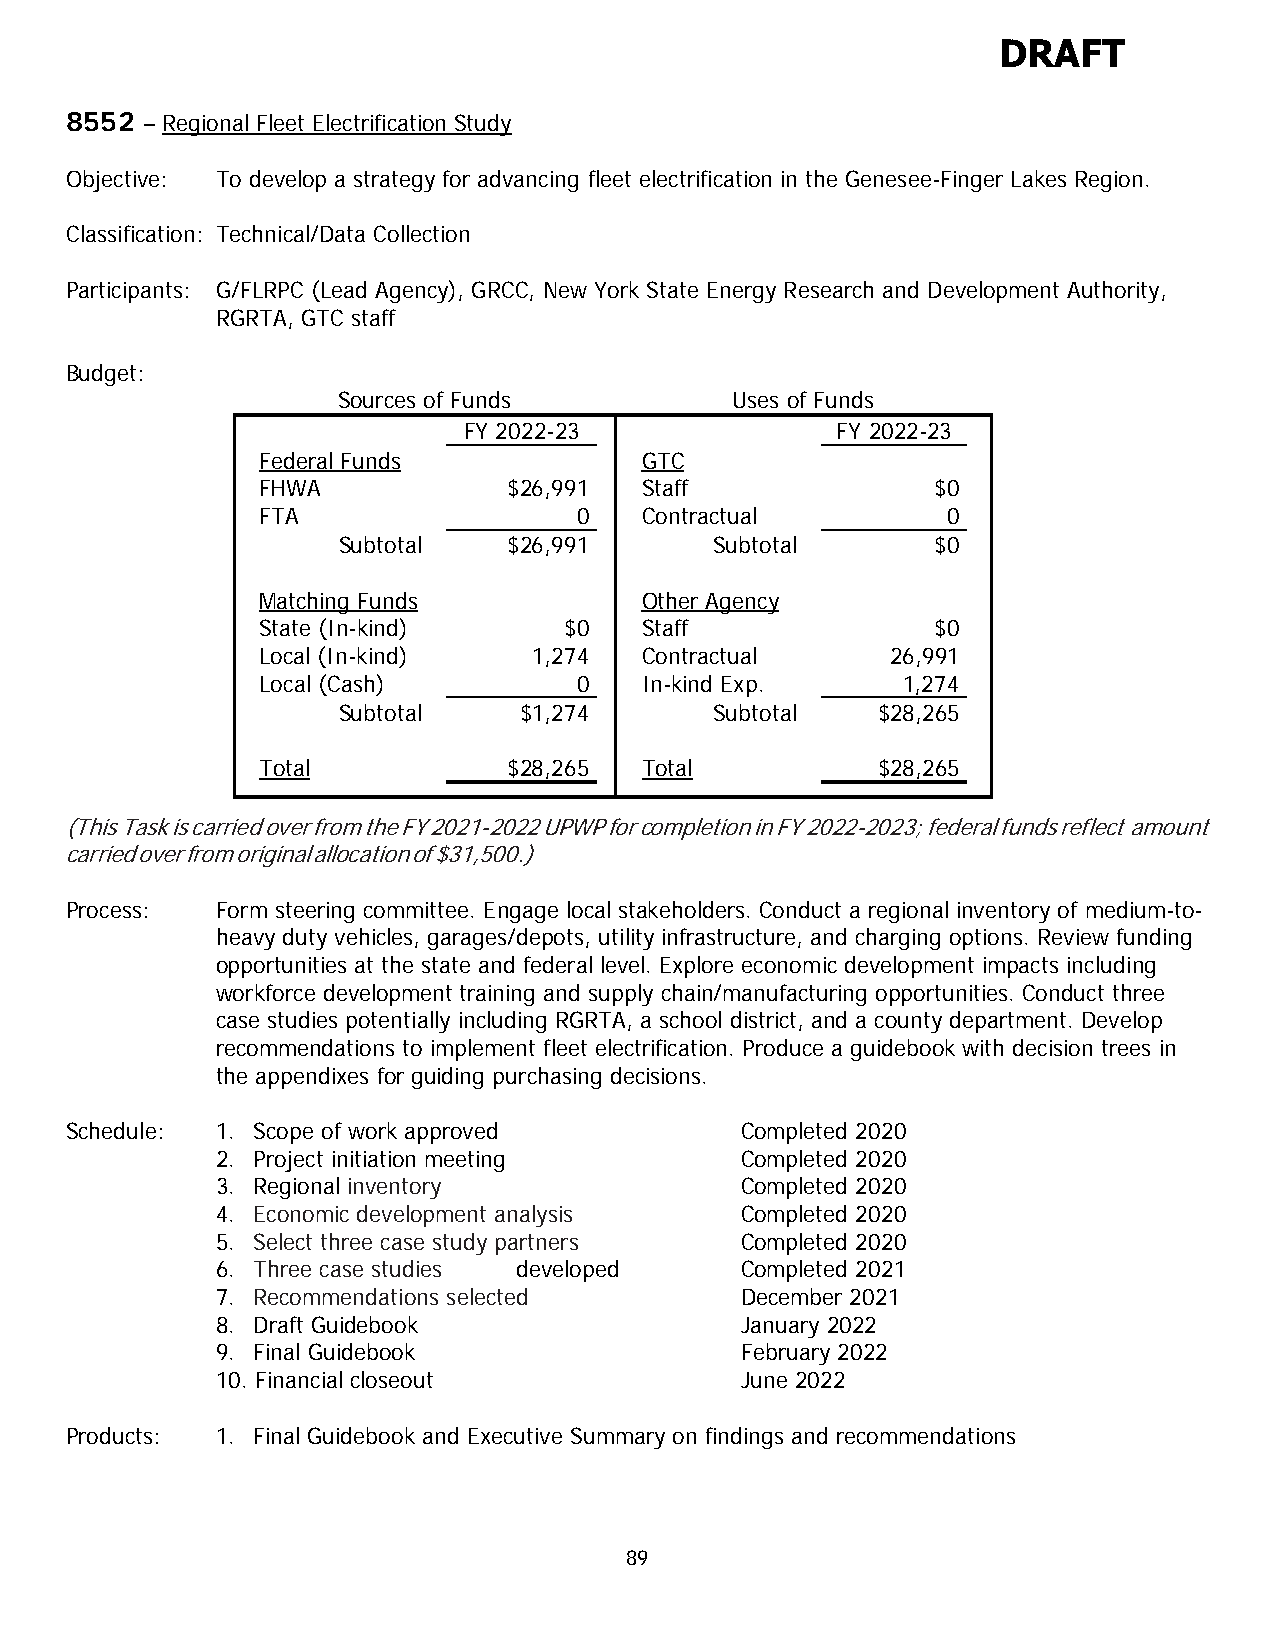
DRAFT
 8552 – Regional Fleet Electrification Study
 Objective: To develop a strategy for advancing fleet electrification in the Genesee-Finger Lakes Region.
 Classification: Technical/Data Collection
 Participants: G/FLRPC (Lead Agency), GRCC, New York State Energy Research and Development Authority,
 RGRTA, GTC staff
 Budget:
 Sources of Funds          Uses of Funds
 FY 2022-23              FY 2022-23
 Federal Funds            GTC
 FHWA             $26,991 Staff               $0
 FTA                  0   Contractual          0
 Subtotal    $26,991      Subtotal       $0
 Matching Funds           Other Agency
 State (In-kind)     $0   Staff               $0
 Local (In-kind)   1,274  Contractual      26,991
 Local (Cash)         0   In-kind Exp.      1,274
 Subtotal    $1,274       Subtotal   $28,265
 Total            $28,265 Total           $28,265
 (This Task is carried over from the FY 2021-2022 UPWP for completion in FY 2022-2023; federal funds reflect amount
 carried over from original allocation of $31,500.)
 Process:  Form steering committee. Engage local stakeholders. Conduct a regional inventory of medium-to-
 heavy duty vehicles, garages/depots, utility infrastructure, and charging options. Review funding
 opportunities at the state and federal level. Explore economic development impacts including
 workforce development training and supply chain/manufacturing opportunities. Conduct three
 case studies potentially including RGRTA, a school district, and a county department. Develop
 recommendations to implement fleet electrification. Produce a guidebook with decision trees in
 the appendixes for guiding purchasing decisions.
 Schedule: 1. Scope of work approved          Completed 2020
 2. Project initiation meeting      Completed 2020
 3. Regional inventory              Completed 2020
 4. Economic development analysis   Completed 2020
 5. Select three case study partners Completed 2020
 6. Three case studies developed    Completed 2021
 7. Recommendations selected        December 2021
 8. Draft Guidebook                 January 2022
 9. Final Guidebook                 February 2022
 10. Financial closeout             June 2022
 Products: 1. Final Guidebook and Executive Summary on findings and recommendations
 89